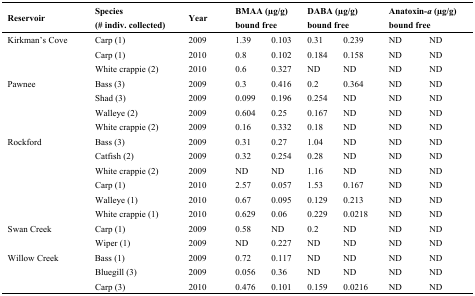
| Reservoir | Species (# indiv. collected) | Year | <COLSPAN=2> BMAA (μg/g) bound free | <COLSPAN=2> DABA (μg/g) bound free | <COLSPAN=2> Anatoxin-a (μg/g) bound free |
 | --- | --- | --- | --- | --- | --- | --- | --- | --- |
 | Kirkman’s Cove | Carp (1) | 2009 | 1.39 | 0.103 | 0.31 | 0.239 | ND | ND |
 |  | Carp (1) | 2010 | 0.8 | 0.102 | 0.184 | 0.158 | ND | ND |
 |  | White crappie (2) | 2010 | 0.6 | 0.327 | ND | ND | ND | ND |
 | Pawnee | Bass (3) | 2009 | 0.3 | 0.416 | 0.2 | 0.364 | ND | ND |
 |  | Shad (3) | 2009 | 0.099 | 0.196 | 0.254 | ND | ND | ND |
 |  | Walleye (2) | 2009 | 0.604 | 0.25 | 0.167 | ND | ND | ND |
 |  | White crappie (2) | 2009 | 0.16 | 0.332 | 0.18 | ND | ND | ND |
 | Rockford | Bass (3) | 2009 | 0.31 | 0.27 | 1.04 | ND | ND | ND |
 |  | Catfish (2) | 2009 | 0.32 | 0.254 | 0.28 | ND | ND | ND |
 |  | White crappie (2) | 2009 | ND | ND | 1.16 | ND | ND | ND |
 |  | Carp (1) | 2010 | 2.57 | 0.057 | 1.53 | 0.167 | ND | ND |
 |  | Walleye (1) | 2010 | 0.67 | 0.095 | 0.129 | 0.213 | ND | ND |
 |  | White crappie (1) | 2010 | 0.629 | 0.06 | 0.229 | 0.0218 | ND | ND |
 | Swan Creek | Carp (1) | 2009 | 0.58 | ND | 0.2 | ND | ND | ND |
 |  | Wiper (1) | 2009 | ND | 0.227 | ND | ND | ND | ND |
 | Willow Creek | Bass (1) | 2009 | 0.72 | 0.117 | ND | ND | ND | ND |
 |  | Bluegill (3) | 2009 | 0.056 | 0.36 | ND | ND | ND | ND |
 |  | Carp (3) | 2010 | 0.476 | 0.101 | 0.159 | 0.0216 | ND | ND |